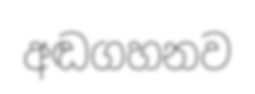
අඬගහනව